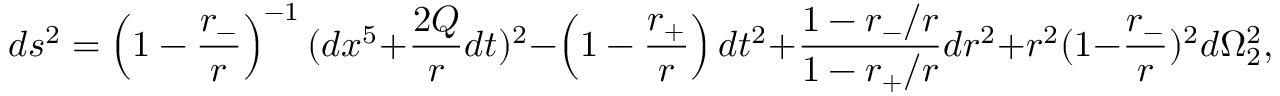
d s ^ { 2 } = \left( 1 - { \frac { r _ { - } } { r } } \right) ^ { - 1 } ( d x ^ { 5 } + { \frac { 2 Q } { r } } d t ) ^ { 2 } - \left( 1 - { \frac { r _ { + } } { r } } \right) d t ^ { 2 } + { \frac { 1 - r _ { - } / r } { 1 - r _ { + } / r } } d r ^ { 2 } + r ^ { 2 } ( 1 - { \frac { r _ { - } } { r } } ) ^ { 2 } d \Omega _ { 2 } ^ { 2 } ,